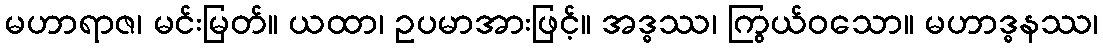
မဟာရာဇ၊ မင်းမြတ်။ ယထာ၊ ဥပမာအားဖြင့်။ အဒ္ဓဿ၊ ကြွယ်ဝသော။ မဟာဒ္ဓနဿ၊